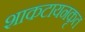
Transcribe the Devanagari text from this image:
शाकटायनकृत